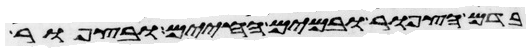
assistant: בדם הצפור ובמים החיים ובצפור